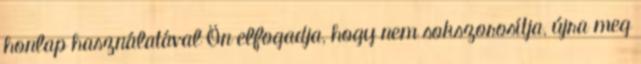
honlap használatával Ön elfogadja, hogy nem sokszorosítja, újra meg